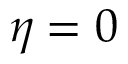
\eta = 0